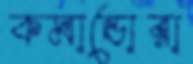
কমান্ডোরা